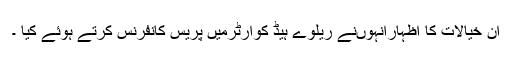
ان خیالات کا اظہارانہوںنے ریلوے ہیڈ کوارٹرمیں پریس کانفرنس کرتے ہوئے کیا ۔